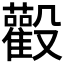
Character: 𱥙